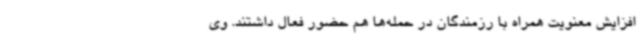
افزایش معنویت همراه با رزمندگان در حمله‌ها هم حضور فعال داشتند. وی